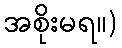
အစိုးမရ။)